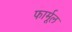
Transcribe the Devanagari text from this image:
फार्मूल